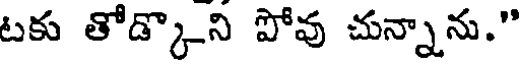
టకు తోడ్కొని పోవు చున్నాను."